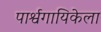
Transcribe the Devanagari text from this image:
पार्श्वगायिकेला